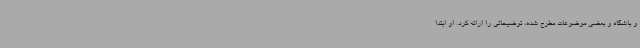
و باشگاه و بعضی موضوعات مطرح شده، توضیحاتی را ارائه کرد. او ابتدا